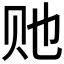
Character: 𰷠